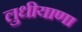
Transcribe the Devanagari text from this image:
लुधीयाणा